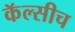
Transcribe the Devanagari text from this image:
कॅल्सीच